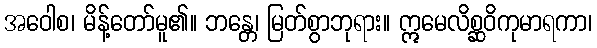
အဝေါစ၊ မိန့်တော်မူ၏။ ဘန္တေ၊ မြတ်စွာဘုရား။ ဣမေလိစ္ဆဝိကုမာရကာ၊